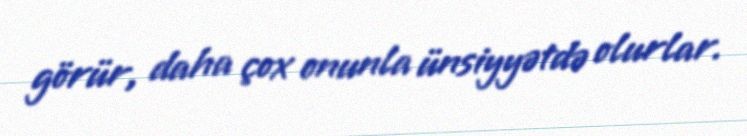
görür, daha çox onunla ünsiyyətdə olurlar.